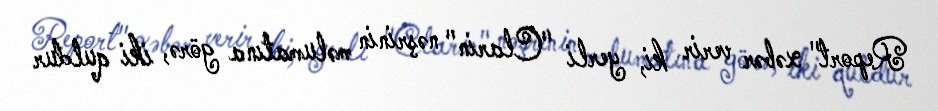
Report" xəbər verir ki, yerli "Clarin" nəşrinin məlumatına görə, iki quldur